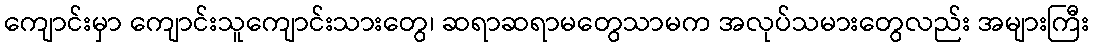
ကျောင်းမှာ ကျောင်းသူကျောင်းသားတွေ၊ ဆရာဆရာမတွေသာမက အလုပ်သမားတွေလည်း အများကြီး